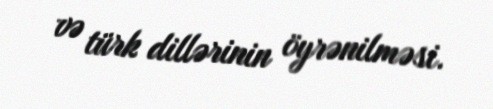
və türk dillərinin öyrənilməsi.